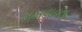
મમળાવતા